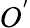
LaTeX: O^{'}